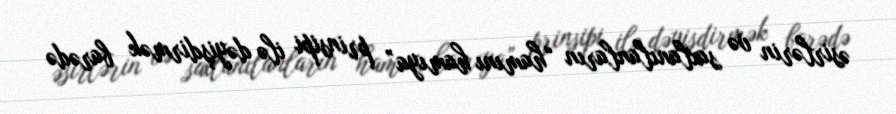
əsirlərin və saxlanılanların “hamını hamıya” prinsipi ilə dəyişdirmək barədə